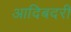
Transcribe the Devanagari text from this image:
आदिबदरी